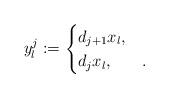
LaTeX: \begin{align*} y^{j}_l := \begin{cases}d_{j+1} x_l, & \\d_j x_l , & .\end{cases}\end{align*}